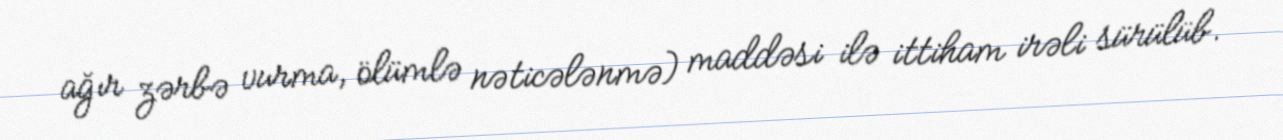
ağır zərbə vurma, ölümlə nəticələnmə) maddəsi ilə ittiham irəli sürülüb.